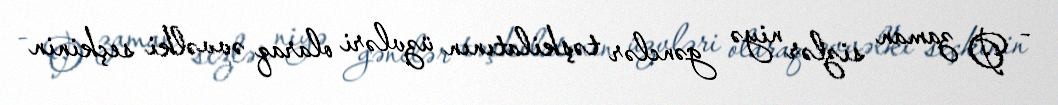
- O zaman sizlər niyə gənclər təşkilatının üzvləri olaraq əvvəlki seçkinin